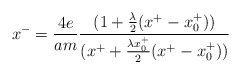
\begin{align*}x^{-}={4e \over am} {(1+{\lambda \over 2}(x^{+}-x^{+}_{0})) \over(x^{+}+{\lambda x^{+}_{0} \over 2}(x^{+}- x^{+}_{0}))}\end{align*}